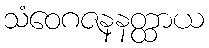
သံဝေဂဇနနတ္ထာယ